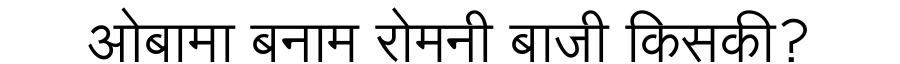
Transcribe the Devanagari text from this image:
ओबामा बनाम रोमनी बाजी किसकी?